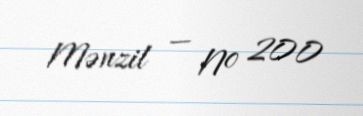
Mənzil — № 200